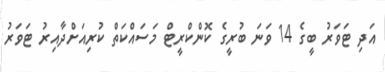
އަދި ޓަވަރު ބީގެ 14 ވަނަ ބުރީގެ ކޮންކްރީޓް މަސައްކަތް ކުރިއަށްދާއިރު ޓަވަރު